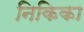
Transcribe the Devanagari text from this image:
निकिका